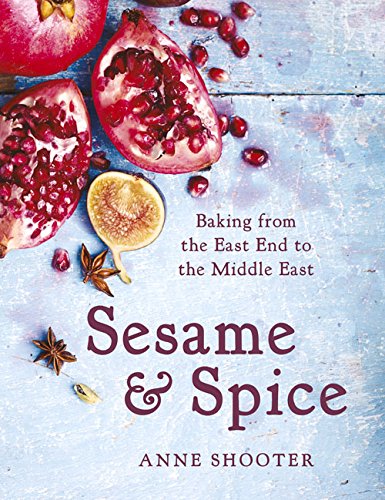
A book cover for Sesame & Spice: Baking from the East End to the Middle East; Anne Shooter; Cookbooks, Food & Wine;